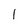
Character: 1